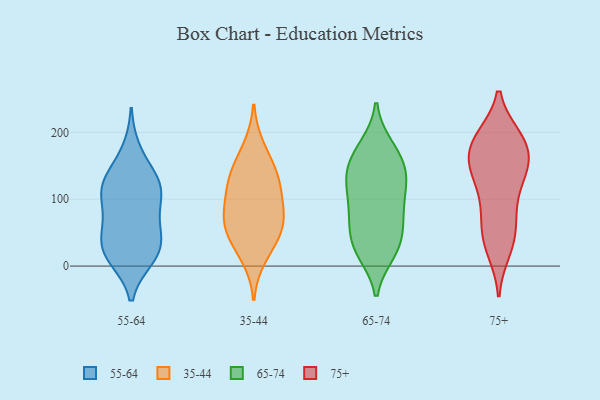
{"axis": {"x": "Temperature (°C)", "y": "Value"}, "legend": ["35-44", "55-64", "65-74", "75+"], "data": [{"x": "", "y": 101, "type": "55-64"}, {"x": "", "y": 125, "type": "55-64"}, {"x": "", "y": 27, "type": "55-64"}, {"x": "", "y": 45, "type": "55-64"}, {"x": "", "y": 129, "type": "55-64"}, {"x": "", "y": 42, "type": "55-64"}, {"x": "", "y": 61, "type": "55-64"}, {"x": "", "y": 112, "type": "55-64"}, {"x": "", "y": 132, "type": "55-64"}, {"x": "", "y": 109, "type": "55-64"}, {"x": "", "y": 173, "type": "55-64"}, {"x": "", "y": 13, "type": "55-64"}, {"x": "", "y": 12, "type": "55-64"}, {"x": "", "y": 17, "type": "55-64"}, {"x": "", "y": 76, "type": "55-64"}, {"x": "", "y": 83, "type": "35-44"}, {"x": "", "y": 122, "type": "35-44"}, {"x": "", "y": 148, "type": "35-44"}, {"x": "", "y": 178, "type": "35-44"}, {"x": "", "y": 88, "type": "35-44"}, {"x": "", "y": 13, "type": "35-44"}, {"x": "", "y": 51, "type": "35-44"}, {"x": "", "y": 59, "type": "35-44"}, {"x": "", "y": 38, "type": "35-44"}, {"x": "", "y": 135, "type": "35-44"}, {"x": "", "y": 119, "type": "35-44"}, {"x": "", "y": 68, "type": "35-44"}, {"x": "", "y": 80, "type": "65-74"}, {"x": "", "y": 51, "type": "65-74"}, {"x": "", "y": 92, "type": "65-74"}, {"x": "", "y": 28, "type": "65-74"}, {"x": "", "y": 179, "type": "65-74"}, {"x": "", "y": 20, "type": "65-74"}, {"x": "", "y": 20, "type": "65-74"}, {"x": "", "y": 79, "type": "65-74"}, {"x": "", "y": 149, "type": "65-74"}, {"x": "", "y": 120, "type": "65-74"}, {"x": "", "y": 146, "type": "65-74"}, {"x": "", "y": 128, "type": "65-74"}, {"x": "", "y": 158, "type": "65-74"}, {"x": "", "y": 110, "type": "65-74"}, {"x": "", "y": 61, "type": "65-74"}, {"x": "", "y": 34, "type": "65-74"}, {"x": "", "y": 137, "type": "65-74"}, {"x": "", "y": 179, "type": "65-74"}, {"x": "", "y": 190, "type": "75+"}, {"x": "", "y": 186, "type": "75+"}, {"x": "", "y": 192, "type": "75+"}, {"x": "", "y": 191, "type": "75+"}, {"x": "", "y": 161, "type": "75+"}, {"x": "", "y": 87, "type": "75+"}, {"x": "", "y": 147, "type": "75+"}, {"x": "", "y": 129, "type": "75+"}, {"x": "", "y": 59, "type": "75+"}, {"x": "", "y": 39, "type": "75+"}, {"x": "", "y": 153, "type": "75+"}, {"x": "", "y": 24, "type": "75+"}, {"x": "", "y": 154, "type": "75+"}, {"x": "", "y": 65, "type": "75+"}, {"x": "", "y": 100, "type": "75+"}, {"x": "", "y": 191, "type": "75+"}, {"x": "", "y": 155, "type": "75+"}, {"x": "", "y": 129, "type": "75+"}, {"x": "", "y": 31, "type": "75+"}]}